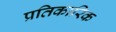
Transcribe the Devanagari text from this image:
प्रतिकारिक